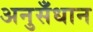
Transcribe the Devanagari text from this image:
अनुसँधान